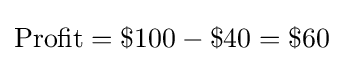
{\text{Profit}}=\$100-\$40=\$60